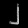
Digit: ၂